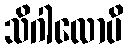
သိဂါလောပိ